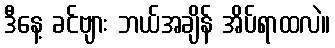
ဒီနေ့ ခင်ဗျား ဘယ်အချိန် အိပ်ရာထလဲ။